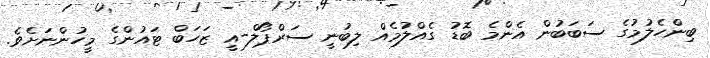
ބިންހެލުމުގެ ސަބަބުން އެންމެ ބޮޑު ގެއްލުމެއް ލިބުނީ ސަރްޕޯލް-އީ ޒަހަބް ޓައުންގެ މީހުންނަށެވެ.